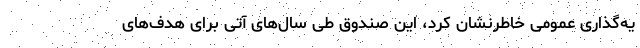
یه‌گذاری‌ عمومی خاطرنشان کرد، این صندوق طی سال‌های آتی برای هدف‌های